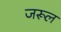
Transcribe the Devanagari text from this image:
जरूल